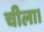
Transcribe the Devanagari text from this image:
चीला।